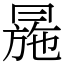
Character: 㒾